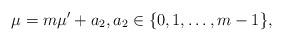
LaTeX: \begin{align*} \mu=m\mu' +a_{2},a_{2} \in \{0, 1, \ldots, m-1\},\end{align*}